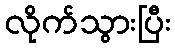
လိုက်သွားပြီး